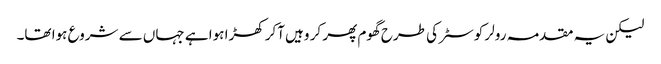
لیکن یہ مقدمہ رولر کوسٹر کی طرح گھوم پھر کر وہیں آکر کھڑا ہوا ہے جہاں سے شروع ہوا تھا۔